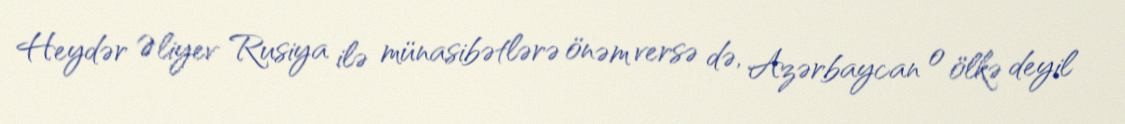
Heydər Əliyev Rusiya ilə münasibətlərə önəm versə də, Azərbaycan o ölkə deyil